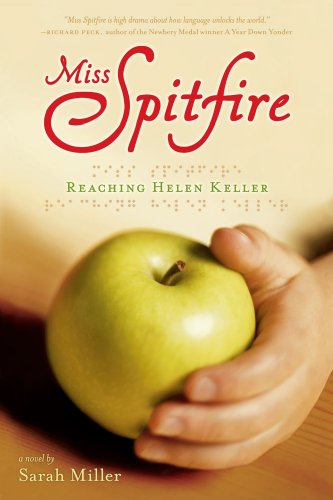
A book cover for Miss Spitfire: Reaching Helen Keller; Sarah Miller; Children's Books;